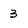
Character: 3